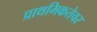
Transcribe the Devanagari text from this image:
प्राथमिकतेवर